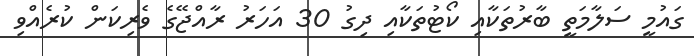
ގައުމީ ސަލާމަތީ ބާރުތަކާއި ކޯޓުތަކާއި ދިގު 30 އަހަރު ރާއްޖޭގެ ވެރިކަން ކުރެއްވި